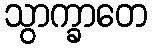
သွာက္ခာတေ